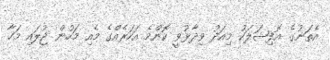
އެތަނުގެ އޮފިޝަލަކު މިއަދު ވިދާޅުވީ ކޮންމެ އަހަރެއްގެ މެއި މަހުން ޖުލައި މަހާ